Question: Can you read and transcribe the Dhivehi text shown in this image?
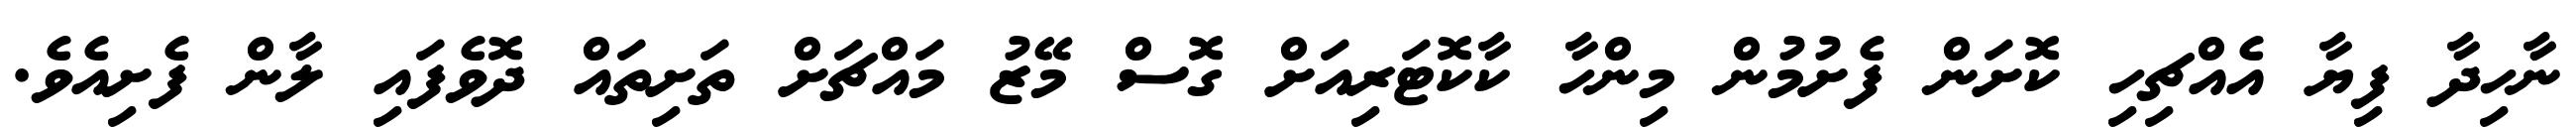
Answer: ނާހިދާ ފިޔާ އެއްޗިހި ކޮށަން ފެށުމުން މިންހާ ކާކޮޓަރިއަށް ގޮސް މޭޒު މައްޗަށް ތަށިތައް ދޮވެފައި ލާން ފެށިއެވެ.